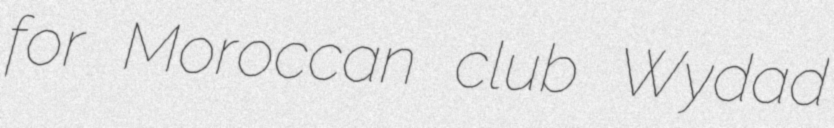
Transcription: for Moroccan club Wydad